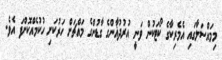
މިމައްސަލާގައި އެމެރިކާގެ ކޯޓަކުން ވަނީ އުރުދުޣާންގެ ގާޑުންގެ މައްޗަށް ހަރުކަށި ހުކުމެއްކޮށްފަ އެވެ.